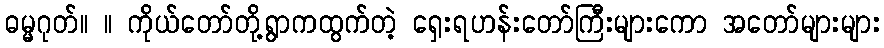
ဓမ္မဂုတ်။ ။ ကိုယ်တော်တို့ရွာကထွက်တဲ့ ရှေးရဟန်းတော်ကြီးများကော အတော်များများ